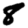
Digit: 8